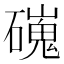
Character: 䃬